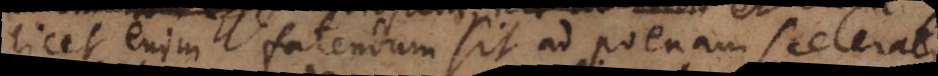
Licet enim fatendum sit, ad poenam scelerati